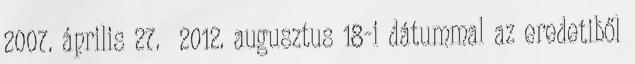
2007. április 27. 2012. augusztus 18-i dátummal az eredetiből